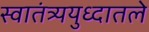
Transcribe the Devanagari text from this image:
स्वातंत्र्ययुध्दातले